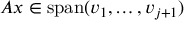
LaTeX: A x \in \operatorname { s p a n } ( v _ { 1 } , \dotsc , v _ { j + 1 } )